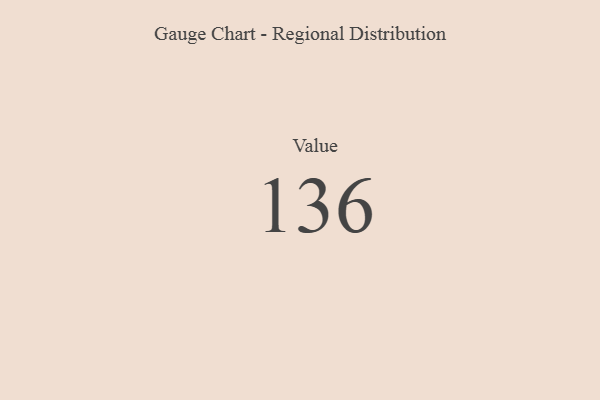
{"axis": {"x": "Metric", "y": "Value"}, "legend": [""], "data": [{"x": "Value", "y": 136, "type": ""}]}